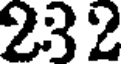
232